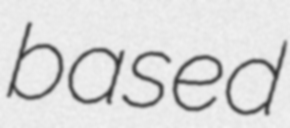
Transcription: based